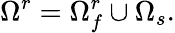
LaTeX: \Omega^{r}=\Omega_{f}^{r}\cup\Omega_{s}.